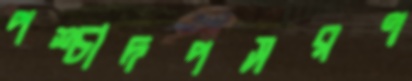
পশ্চাদপসরণ